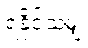
ရနိုင်သမျှ